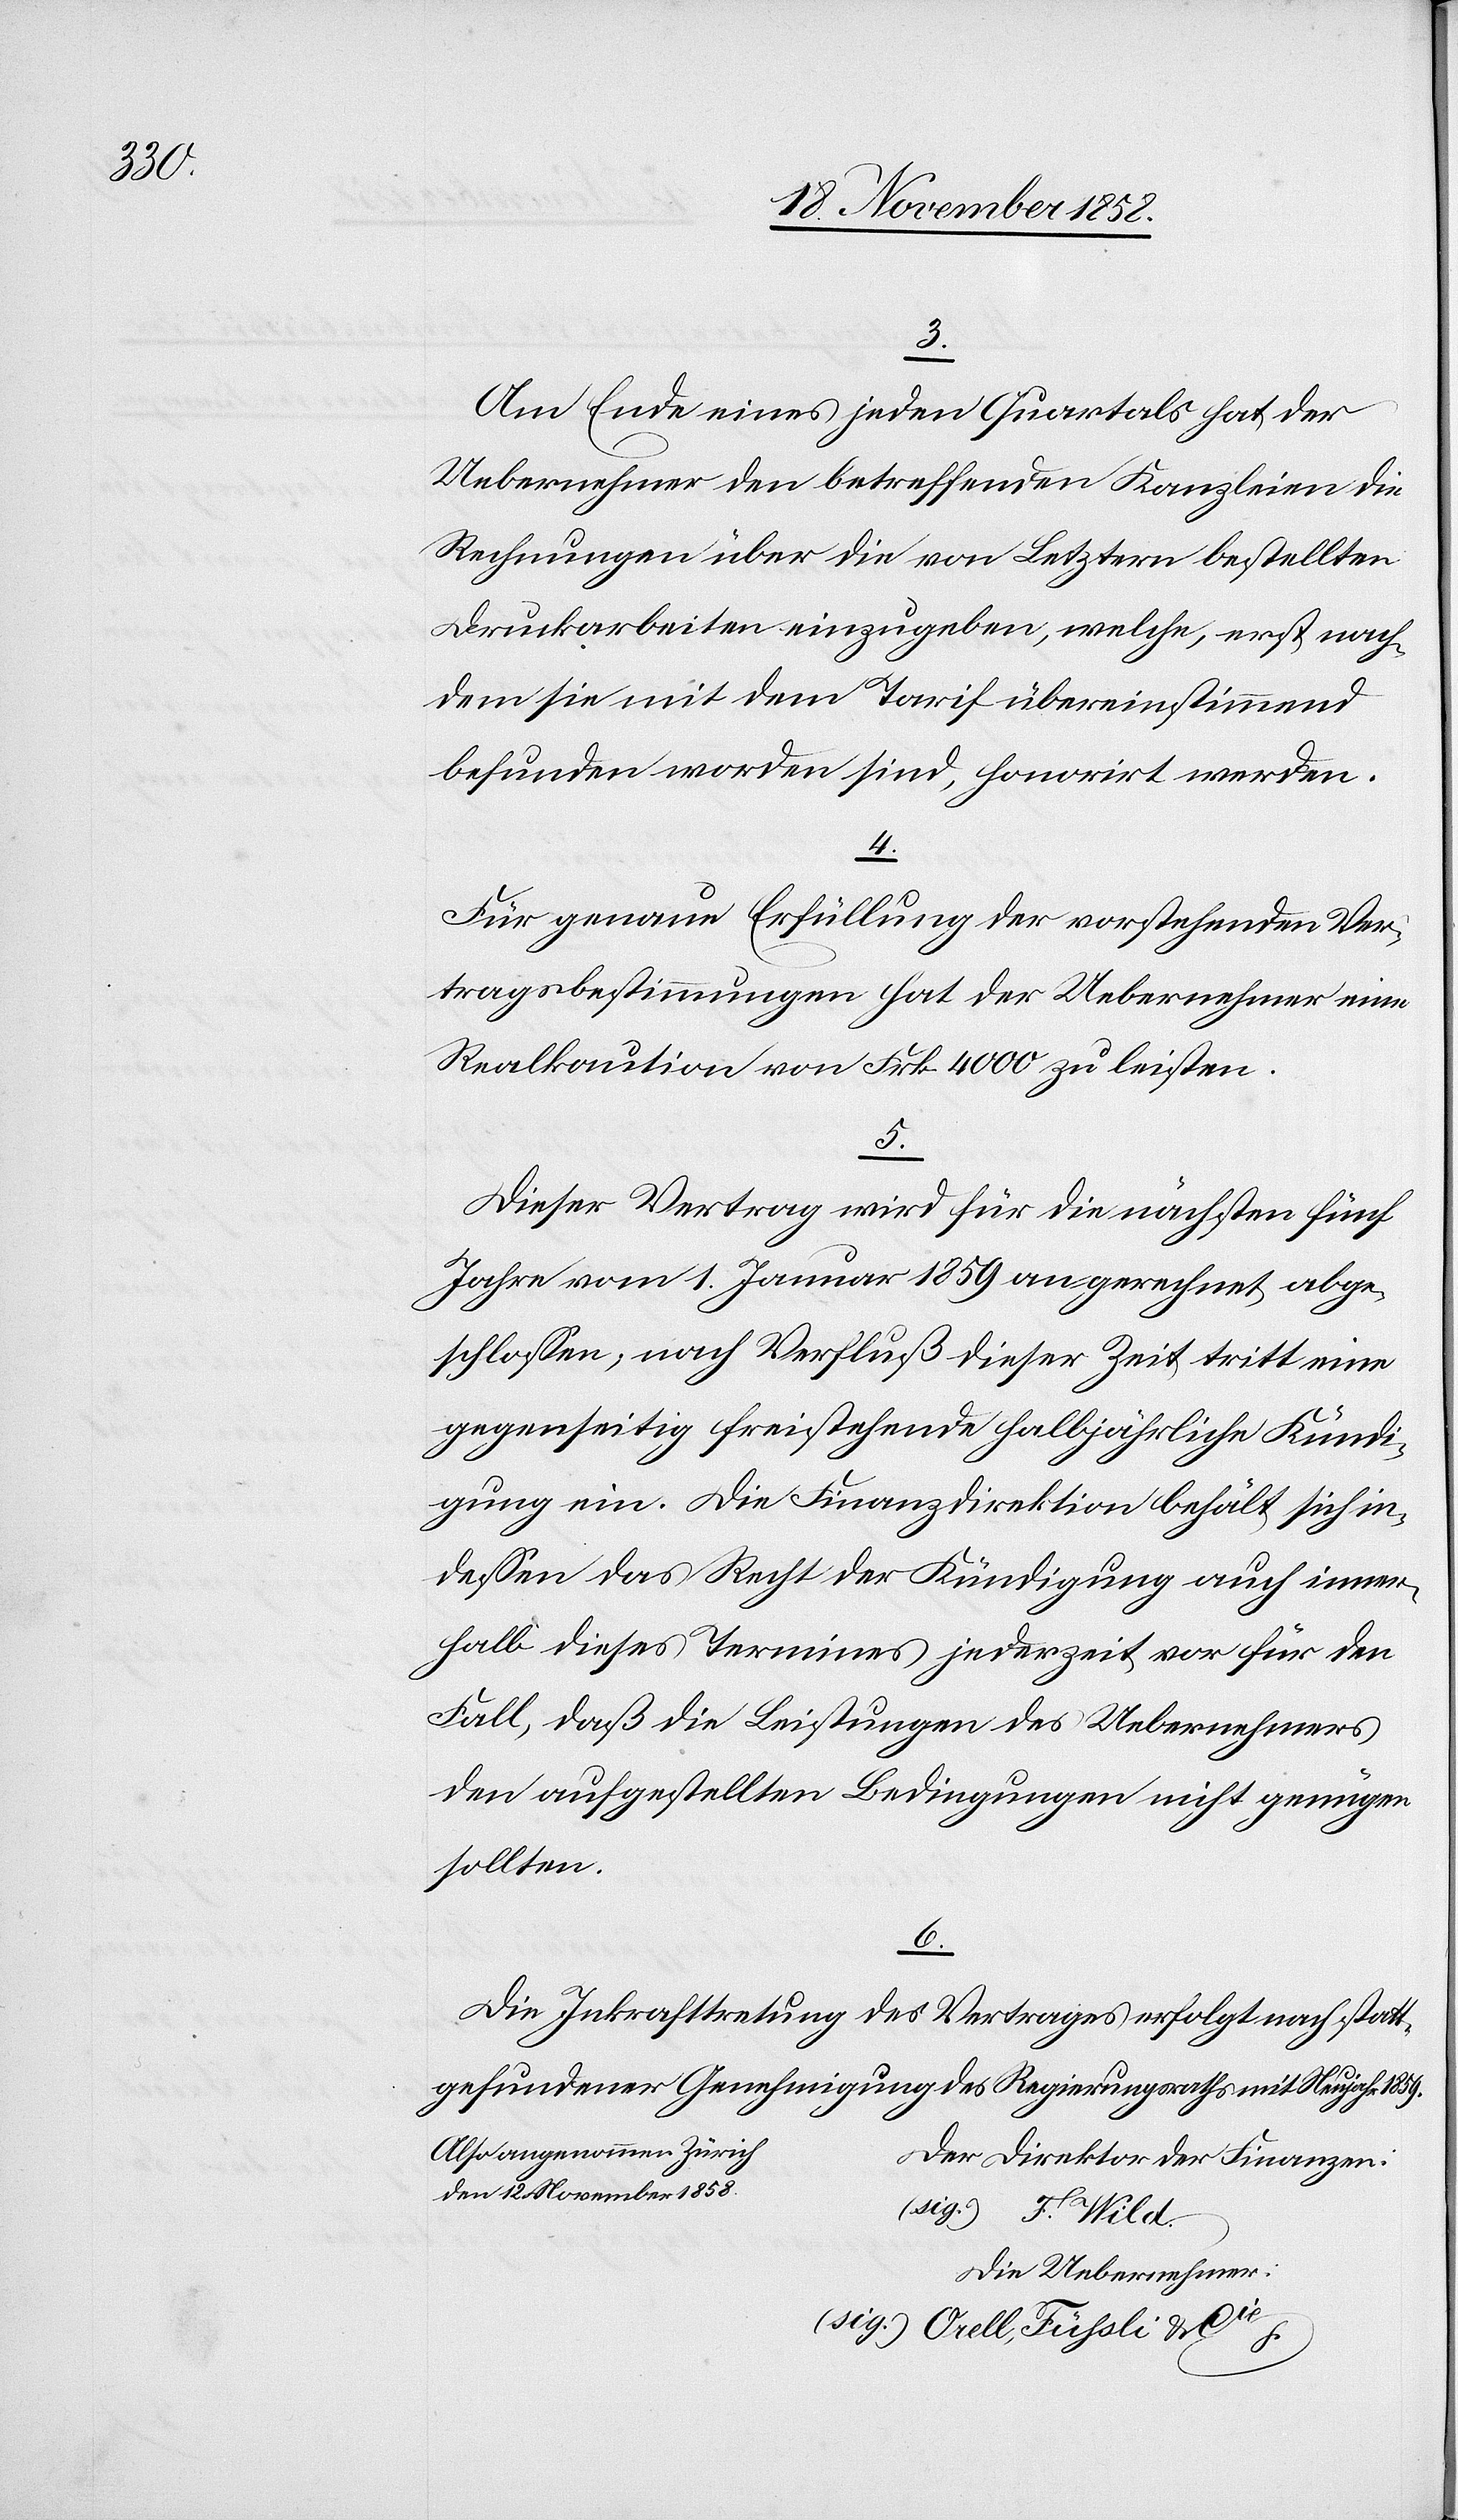
3.
Am Ende eines jeden Quartals hat der
Uebernehmer den betreffenden Kanzleien die
Rechnungen über die von Letztern bestellten
Druckarbeiten einzugeben, welche, erst nach¬
dem sie mit dem Tarif übereinstimmend
befunden worden sind, honorirt werden.
4.
Für genaue Erfüllung der vorstehenden Ver¬
tragsbestimmungen hat der Uebernehmer eine
Realkaution von Frk. 4000 zu leisten.
5.
Dieser Vertrag wird für die nächsten fünf
Jahre vom 1. Januar 1859 angerechnet abge¬
schlossen, nach Verfluß dieser Zeit tritt eine
gegenseitig freistehende halbjährliche Kündi¬
gung ein. Die Finanzdirektion behält sich in¬
dessen das Recht der Kündigung auch inner¬
halb dieses Termines jederzeit vor für den
Fall, daß die Leistungen des Uebernehmers
den aufgestellten Bedingungen nicht genügen
sollten.
6.
Die Inkrafttretung des Vertrages erfolgt nach statt¬
gefundener Genehmigung des Regierungsraths mit Neujahr 1859.
Also angenommen Zürich
Der Direktor der Finanzen:
den 12. November 1858.
(sig.) F. Wild.
Die Uebernehmer:
(sig.) Orell, Füssli & Cie.